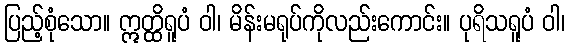
ပြည့်စုံသော။ ဣတ္ထိရူပံ ဝါ၊ မိန်းမရုပ်ကိုလည်းကောင်း။ ပုရိသရူပံ ဝါ၊